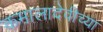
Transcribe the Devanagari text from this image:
कमालादेवीच्या